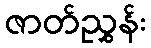
ဇာတ်ညွှန်း